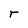
Character: r